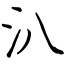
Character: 汃